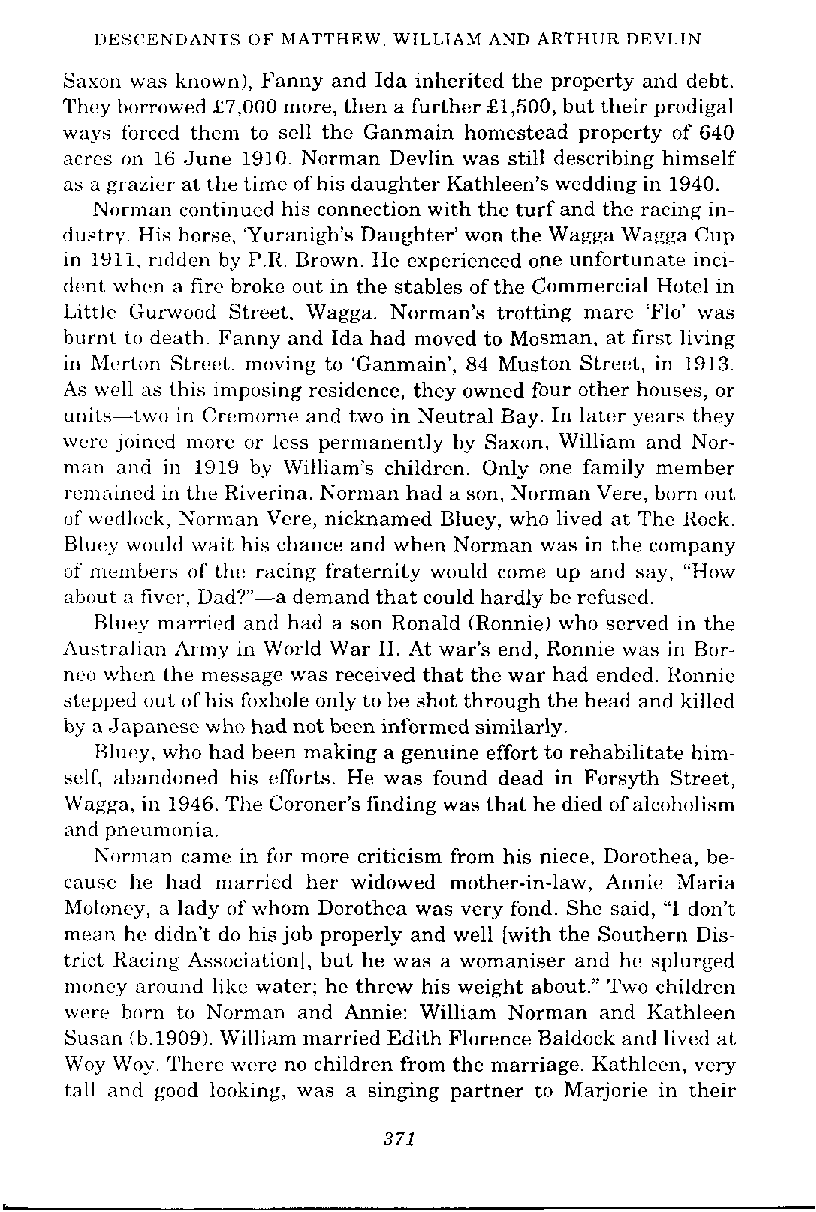
IIES(:ENDANTS OF MATTHEW. WILLIAM AND ARTHUR DEVLIN
 Saxon was known), Fanny and Ida inherited the property and debt.
 Thcy burrowed L7,000 more, then a further £1,500, but their prodigal
 ways forced them to sell the Ganmain homestead property of 640
 acres on 16 June 1910. Norman Devlin was still describing himself
 as a grnzler at the time of his daughter Kathleen's wedding in 1940.
 Norman continued his connection with the turf and the racing in-
 dustry. His horse. 'Yuranigh's Daughter' won the Wagga Wagga Cup
 in 191i. rldden by P.R. Brown. He experienced one unfortunate inci-
 dent whcn a fire broke out in the stables of the Commercial Hotel in
 Little Gurwuod Street. Wagga. Norman's trotting mare 'Flo' was
 burnt rrj death. Fanny and Ida had moved to Mosman, at first living
 in hlerton Street. moving to 'Ganmain', 84 Muston Street, in 1913.
 As well as this imposing residence, they owned four other houses, or
 units-two in Cremorne and two in Neutral Bay. In later years they
 wcrc joined more or less permanently by Saxon. William and Nor-
 man and in 1919 by William's children. Only one family member
 remained in the Riverina. Norman had a son. Norman Vere, born out
 uf wedlock, Norman Vcre, nicknamed Bluey, who lived at The Rock.
 Bluey wuuld wait his chance and when Norman was in the company
 of menhers of the racing fraternity would come up and say, "How
 about a fiver, Dad?"-a demand that could hardly be refused.
 Bluey marrird and had a son Ronald (Ronnie) who served in the
 Australian Army in World War 11. At war's end, Ronnie was in Bor-
 neu when the message was received that the war had ended. Ronnie
 stepped out of his foxhole only to be shot through the head and killed
 by a Japanese whu had not been informed similarly.
 Ulut:y. who had been making a genuine effort to rehabilitate him-
 self, abandoned his efforts. He was found dead in Forsyth Street,
 Wagga, in 1946. The Coroner's finding was that he died of alcoholism
 and pneumi~nia.
 Norman came in for more criticism from his niece, Dorothea, be-
 cause he had married her widowed mother-in-law, Annic Maria
 hfoloncy, a lady of whom Dorothea was very fond. She said, "I don't
 mean hc didn't do his job properly and well [with the Southern Dis-
 trict Kacing Associationl, but he was a womaniser and he splurged
 mmcy around like water; he threw his weight about." Two children
 were horn to Nornian and Annie: William Norman and Kathleen
 Susan (b.1909).W illiam married Edith Florence Baldock and lived at
 Woy Woy. There were no children from the marriage. Kathleen, very
 tall and good looking, was a singing partner to Marjorie in their